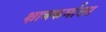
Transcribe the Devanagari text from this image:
क्षात्रकर्माला